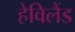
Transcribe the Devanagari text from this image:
हेविलैंड